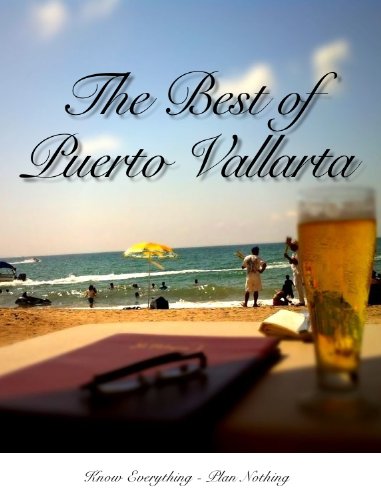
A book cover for The Best of Puerto Vallarta: Know Everything, Plan Nothing; Dave Brookhouser; Travel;